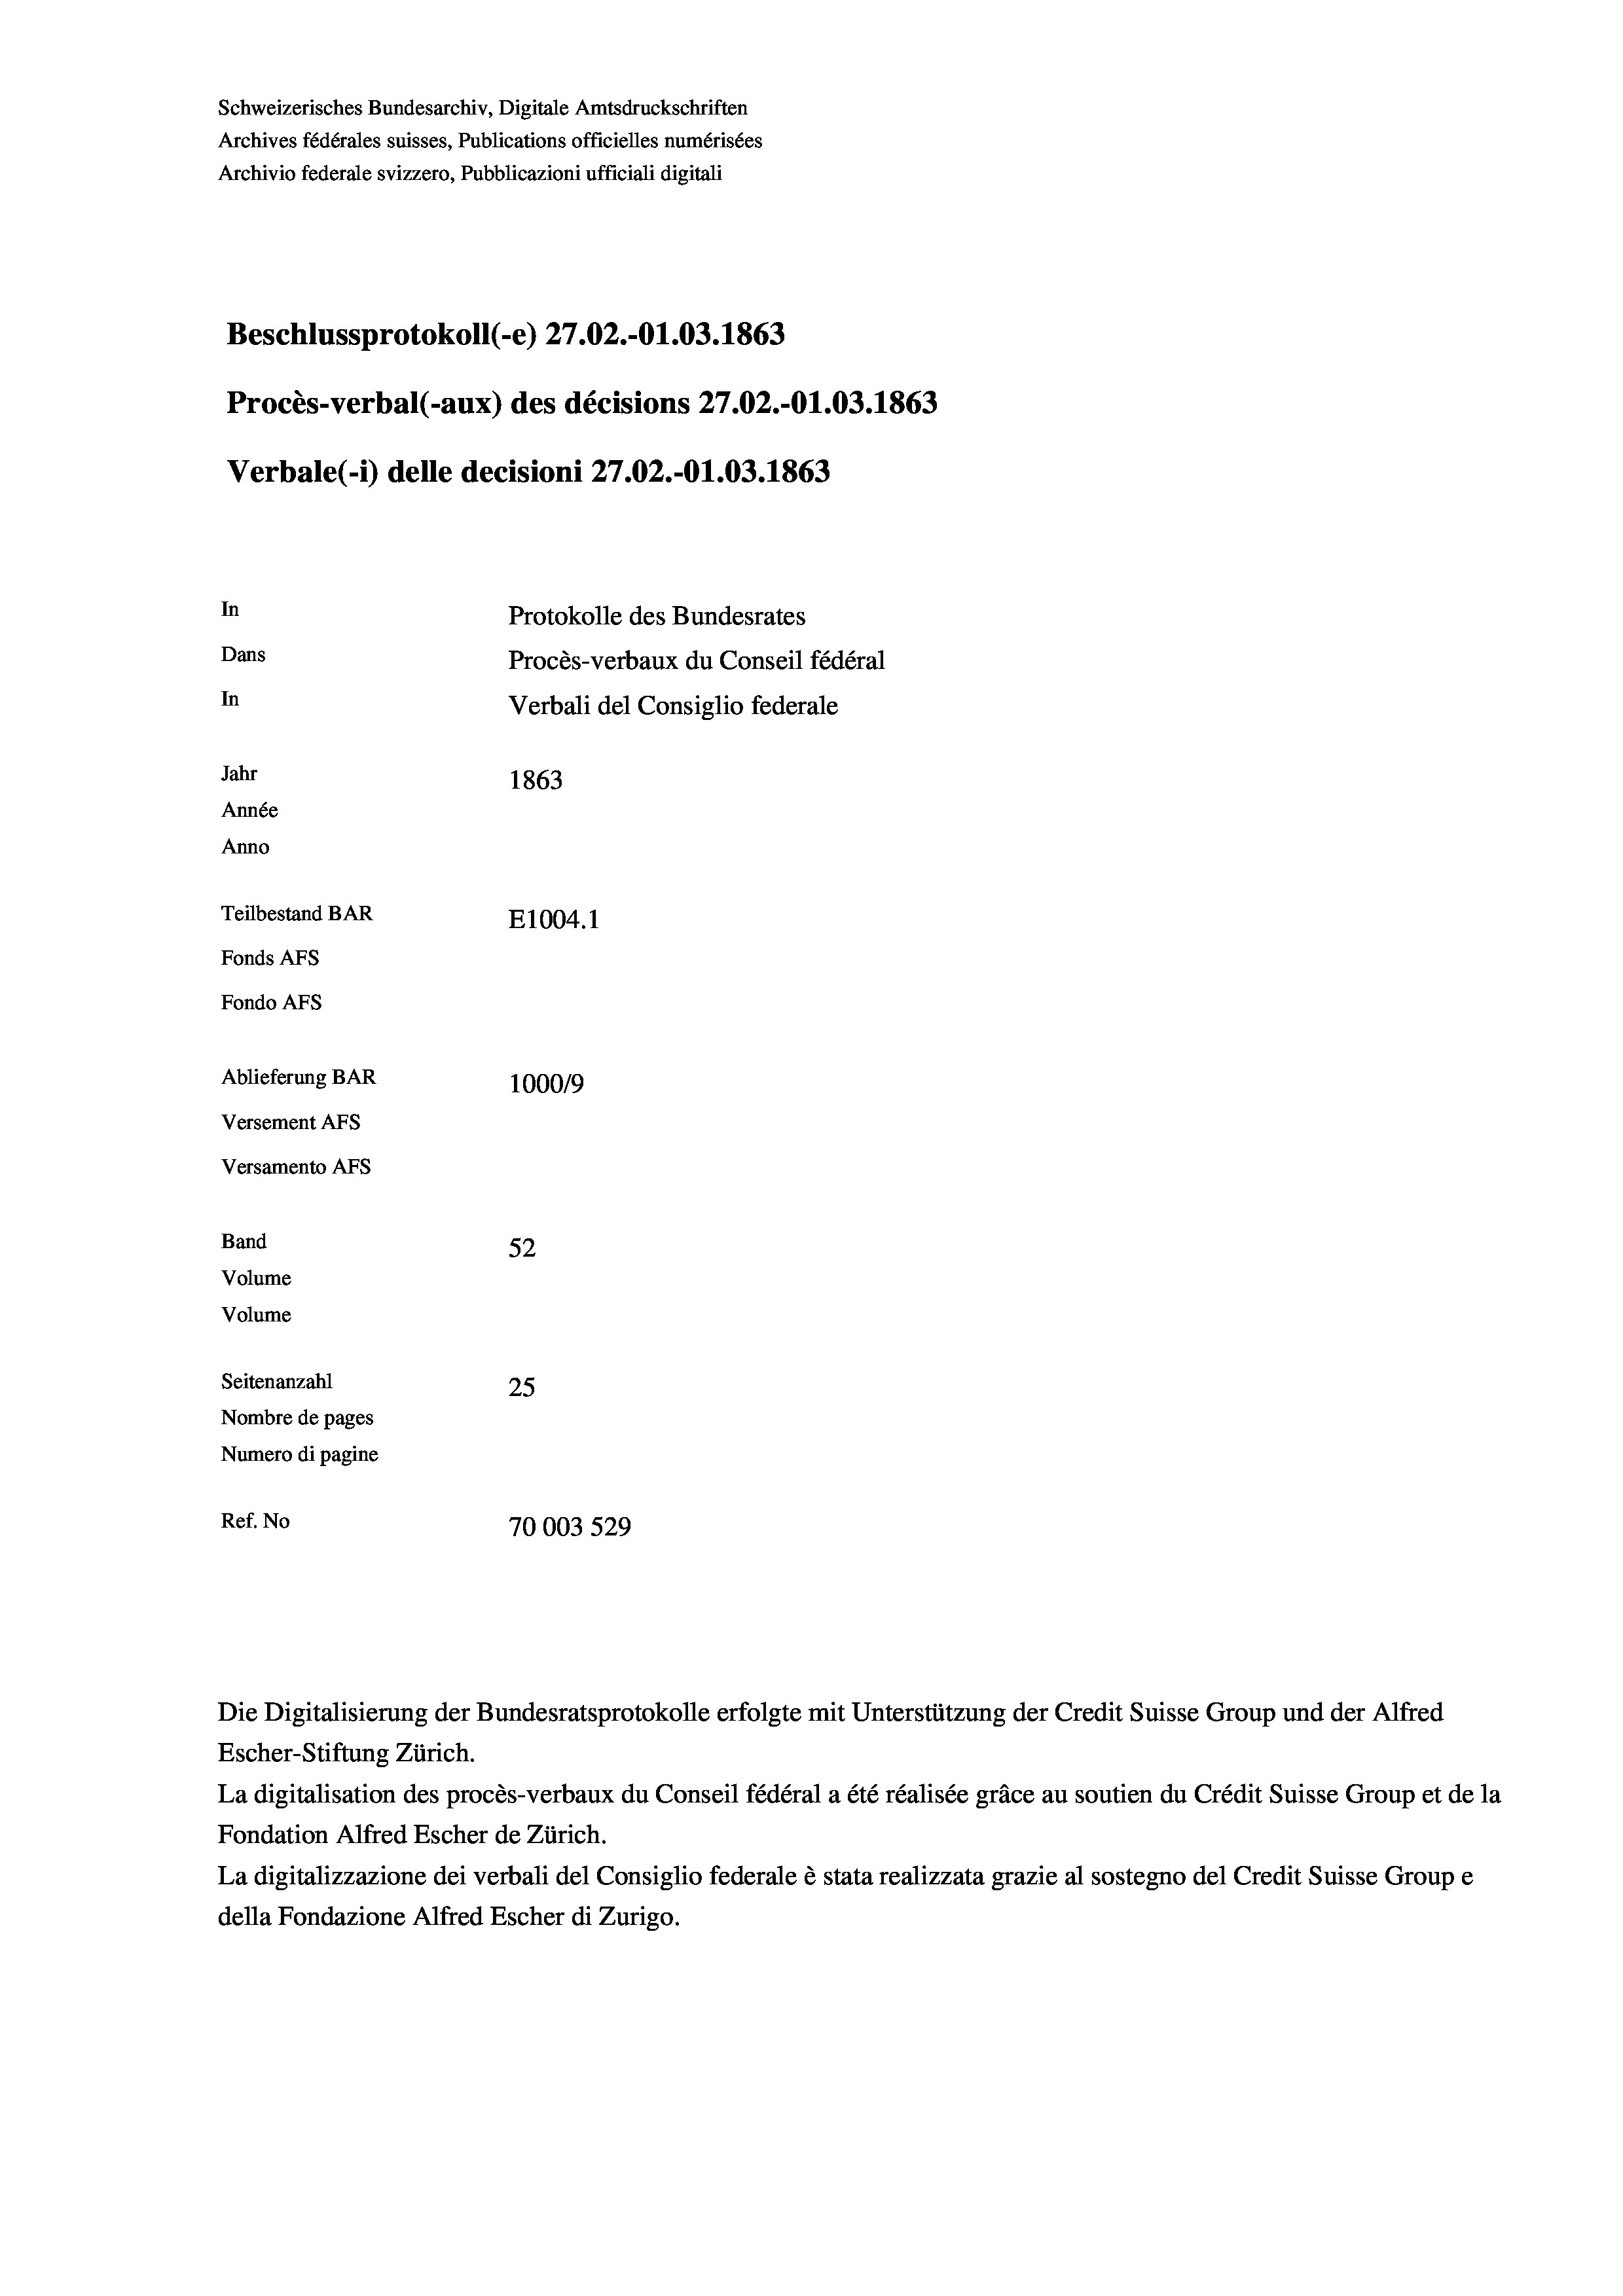
Schweizerisches Bundesarchiv, Digitale Amtsdruckschriften
Archives fédérales suisses, Publications officielles numérisées
Archivio federale svizzero, Pubblicazioni ufficiali digitali
Beschlussprotokoll (-e) 27.02.-O1.03. 1863
Procès-verbal (-aux) des décisions 27.02.-O1.03. 1863
Verbale(-*) delle decisioni 27.02.-01.03. 1863
In
Protokolle des Bundesrates
Dans
Procès-verbaux du Conseil fédéral
In
Verbali del Consiglio federale
Jahr
1863
Année
Anno
Teilbestand BAR
E1004. 1
Fonds AFs
Fondo AFs
Ablieferung BAR
100019
Versement AFs
Versamento Afs
Band
52
Volume
Volume
Seitenanzahl
25
Nombre de pages
Numero di pagine
Ref. No
70003 529

Escher-Stiftung Zürich.
La digitalisation des procès-verbaux du Conseil fédéral a été réalisée gräce au soutien du Crédit Suisse Group et de la
Fondation Alfred Escher de Zürich.
La digitalizzazione dei verbali del Consiglio federale è stata realizzata grazie al sostegno del Credit Suisse Groupe
della Fondazione Alfred Escher di Zurigo.

Die Digitalisierung der Bundesratsprotokolle erfolgte mit Unterstützung der Credit Suisse Group und der Alfred